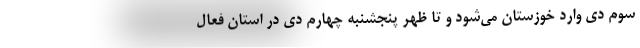
سوم دی وارد خوزستان می‌شود و تا ظهر پنجشنبه چهارم دی در استان فعال